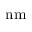
\mathrm { n m }